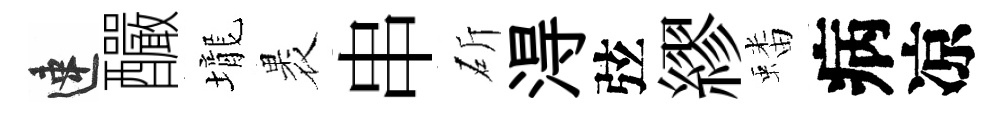
速釅壠褁串斫淂弦繆蟠病凉